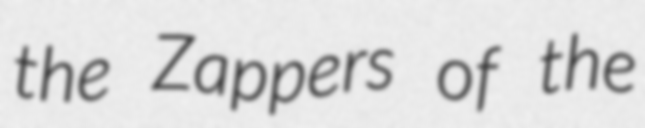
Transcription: the Zappers of the